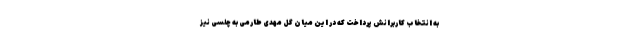
به انتخاب کاربرانش پرداخت که در این میان گل مهدی طارمی به چلسی نیز